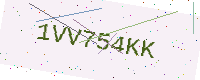
Text: 1VV754KK